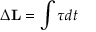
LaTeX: \Delta \mathbf { L } = \int { \boldsymbol { \tau } } d t